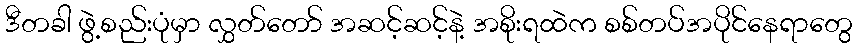
ဒီတခါ ဖွဲ့စည်းပုံမှာ လွှတ်တော် အဆင့်ဆင့်နဲ့ အစိုးရထဲက စစ်တပ်အပိုင်နေရာတွေ